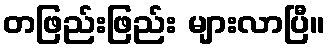
တဖြည်းဖြည်း များလာပြီ။